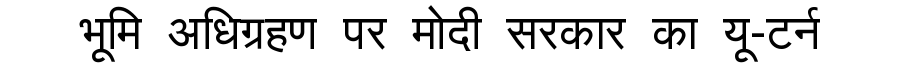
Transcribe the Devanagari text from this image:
भूमि अधिग्रहण पर मोदी सरकार का यू-टर्न